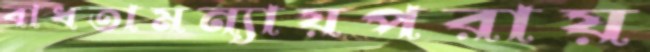
বাধতামন্যায়পরায়